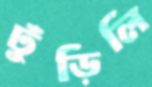
ঢুঁড়িলি